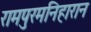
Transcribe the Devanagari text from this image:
रामपुरमनिहारान